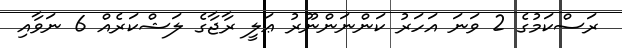
ރަސްކަމުގެ 2 ވަނަ އަހަރު ކަންނަންނޫރު ޢަލީ ރާޖާގެ ލަޝްކަރެއް 6 ނަވާއި